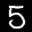
Label: 5